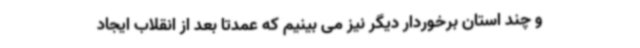
و چند استان برخوردار دیگر نیز می بینیم که عمدتا بعد از انقلاب ایجاد